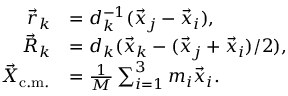
\begin{array} { r l } { \vec { r } _ { k } } & { = d _ { k } ^ { - 1 } ( \vec { x } _ { j } - \vec { x } _ { i } ) , } \\ { \vec { R } _ { k } } & { = d _ { k } ( \vec { x } _ { k } - ( \vec { x } _ { j } + \vec { x } _ { i } ) / 2 ) , } \\ { \vec { X } _ { \mathrm { c . m . } } } & { = \frac { 1 } { M } \sum _ { i = 1 } ^ { 3 } m _ { i } \vec { x } _ { i } . } \end{array}